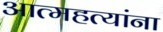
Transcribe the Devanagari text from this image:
आत्महत्यांना